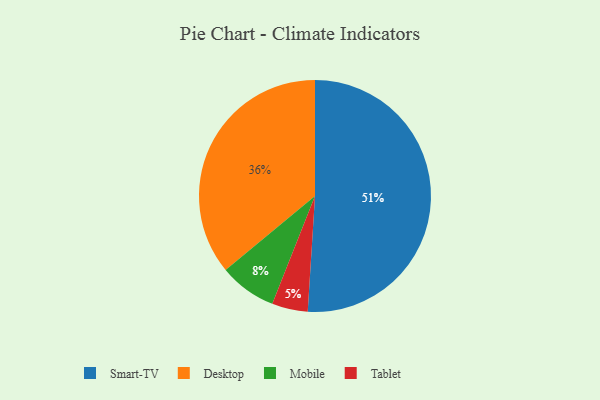
{"axis": {"x": "Category", "y": "Percentage"}, "legend": ["Desktop", "Mobile", "Smart-TV", "Tablet"], "data": [{"x": "Tablet", "y": 5, "type": "Tablet"}, {"x": "Smart-TV", "y": 51, "type": "Smart-TV"}, {"x": "Mobile", "y": 8, "type": "Mobile"}, {"x": "Desktop", "y": 36, "type": "Desktop"}]}